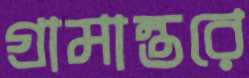
গ্রামান্তরে